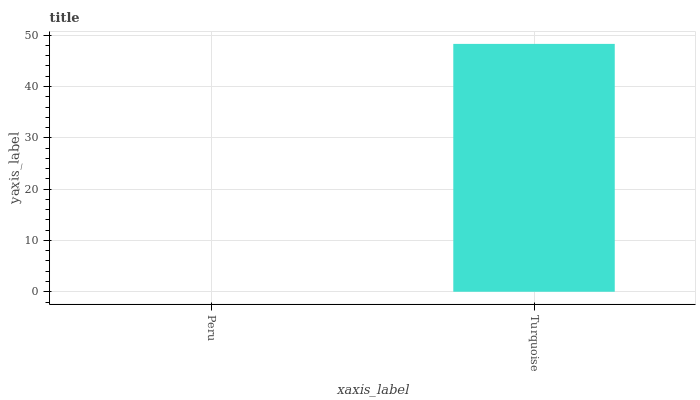
| xaxis_label | bars |
 | --- | --- |
 | Peru | 0 |
 | Turquoise | 48.3 |